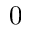
0